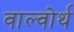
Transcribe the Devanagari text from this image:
वाल्वोर्थ